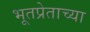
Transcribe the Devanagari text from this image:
भूतप्रेताच्या